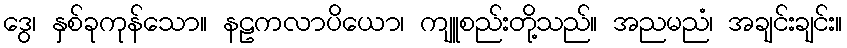
ဒွေ၊ နှစ်ခုကုန်သော။ နဠကလာပိယော၊ ကျူစည်းတို့သည်။ အညမညံ၊ အချင်းချင်း။